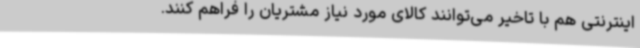
اینترنتی هم با تاخیر می‌توانند کالای مورد نیاز مشتریان را فراهم کنند.